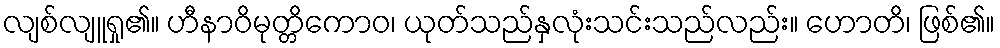
လျစ်လျူရှု၏။ ဟီနာဝိမုတ္တိကောဝ၊ ယုတ်သည်နှလုံးသင်းသည်လည်း။ ဟောတိ၊ ဖြစ်၏။